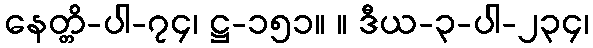
နေတ္တိ-ပါ-၇၄၊ ဋ္ဌ-၁၅၁။ ။ ဒီယ-၃-ပါ-၂၃၄၊